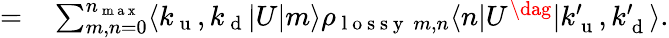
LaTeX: \begin{array}{rl}{=}&{{}\sum_{m,n=0}^{n_{\mathrm{~m~a~x~}}}\langle k_{\mathrm{~u~}},k_{\mathrm{~d~}}\vert U\vert m\rangle\rho_{\mathrm{~l~o~s~s~y~}~m,n}\langle n\vert U^{\dag}\vert k_{\mathrm{~u~}}^{\prime},k_{\mathrm{~d~}}^{\prime}\rangle.}\end{array}